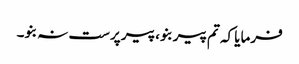
فرمایا کہ تم پیر بنو، پیر پرست نہ بنو۔